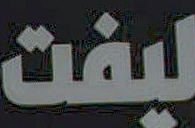
ليفت